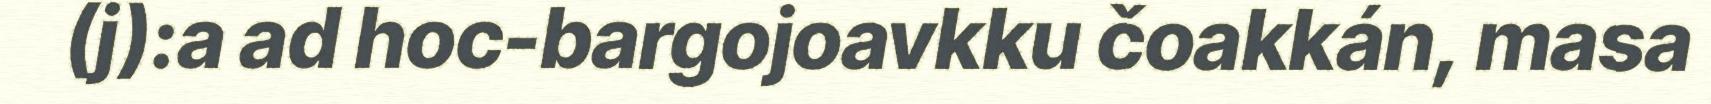
(j):a ad hoc-bargojoavkku čoakkán, masa